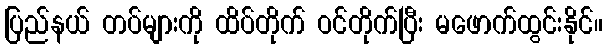
ပြည်နယ် တပ်များကို ထိပ်တိုက် ဝင်တိုက်ပြီး မဖောက်ထွင်းနိုင်။